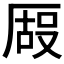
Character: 𫨒